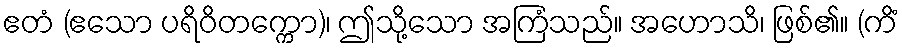
ဧတံ (ဧသော ပရိဝိတက္ကော)၊ ဤသို့သော အကြံသည်။ အဟောသိ၊ ဖြစ်၏။ (ကိံ